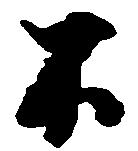
不